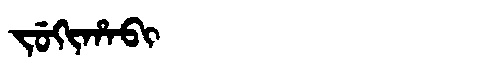
Manchu: ᠵᡠᡴᡳᡥᠠᠪᡳ
Romanization: JUKIHABI